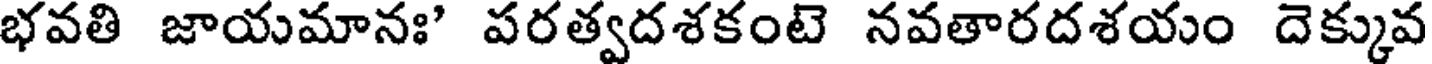
భవతి జాయమానః' పరత్వదశకంటె నవతారదశయం దెక్కువ